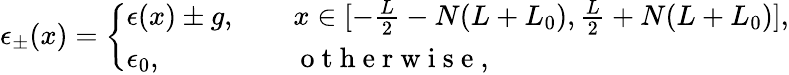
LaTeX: \epsilon_{\pm}(x)=\left\{ \begin{array}{ll}{\epsilon(x)\pm g,\ \ }&{\ \ x\in[-\frac{L}{2}-N(L+L_{0}),\frac{L}{2}+N(L+L_{0})],}\\ {\epsilon_{0},\ \ }&{\ \ \mathrm{~o~t~h~e~r~w~i~s~e~},}\end{array}\right.